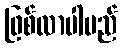
ဖြစ်လာပါမည်